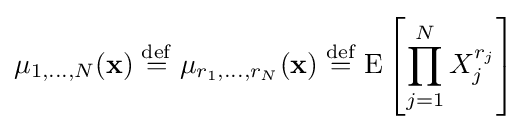
\mu _{1,\ldots ,N}(\mathbf {x} )\mathrel {\stackrel {\mathrm {def} }{=}} \mu _{r_{1},\ldots ,r_{N}}(\mathbf {x} )\mathrel {\stackrel {\mathrm {def} }{=}} \operatorname {E} \left[\prod _{j=1}^{N}X_{j}^{r_{j}}\right]